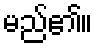
မည်၏။